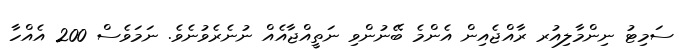
ސަމިޓު ނިންމާލިއުރ ރާއްޖެއިން އެންމެ ބޭނުންވި ނަތީއްޖާއެއް ނުނެރެވުނެވެ. ނަމަވެސް 200 އެއްހާ